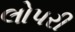
લોપરી